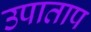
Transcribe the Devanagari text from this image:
उपाताप